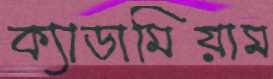
ক্যাডামিয়াম